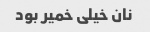
نان خیلی خمیر بود